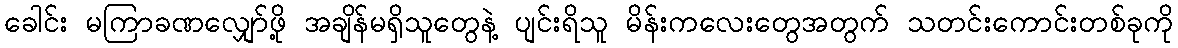
ခေါင်း မကြာခဏလျှော်ဖို့ အချိန်မရှိသူတွေနဲ့ ပျင်းရိသူ မိန်းကလေးတွေအတွက် သတင်းကောင်းတစ်ခုကို